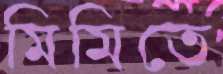
মিমিতে